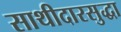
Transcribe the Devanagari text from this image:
साथीदारसुद्धा